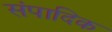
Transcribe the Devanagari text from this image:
संपादिक